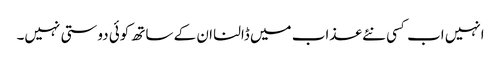
انہیں اب کسی نئے عذاب میں ڈالنا ان کے ساتھ کوئی دوستی نہیں۔